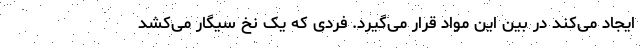
ایجاد می‌کند در بین این مواد قرار می‌گیرد. فردی که یک نخ سیگار می‌کشد